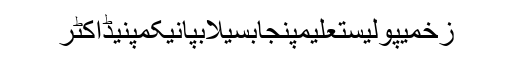
زخمیپولیستعلیمپنجابسیلابپانیکمپنیڈاکٹر